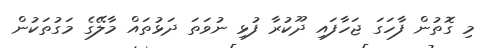
މި ގޮތުން ފާހަގަ ޖަހާފައި ދޫކުރާ ފުޅި ނުވަތަ ދަޅުތައް މާލޭގެ މަގުތަކުން